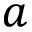
a